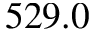
5 2 9 . 0